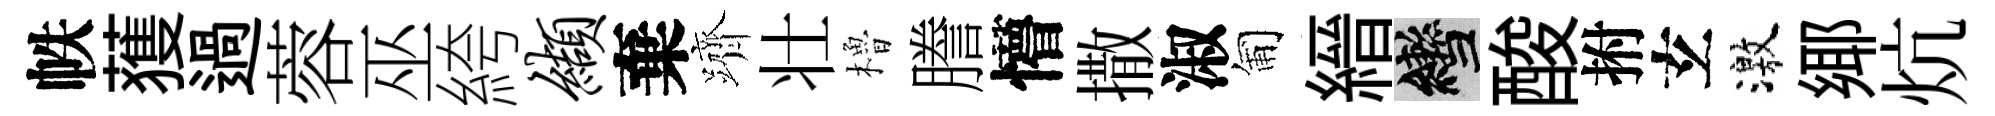
帙𫉬過蓉巫絝缬棄躋壮櫓謄懵撒淑匍縉轡酸拊𤣥激鄊炕